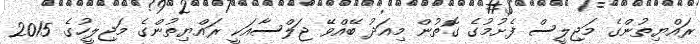
ރައްޔިތުންގެ މަޖިލީސް ފެށުމުގެ ގޮތުން މިއަދު ބޭއްވޭ ޖަލްސާއަކީ ރައްޔިތުންގެ މަޖިލީހުގެ 2015